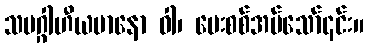
သမဂ္ဂါဟီယမာနော ဝါ၊ မေးစစ်အပ်သော်၎င်း။